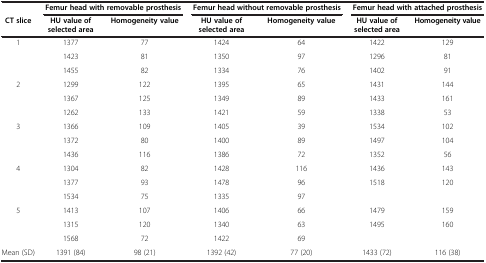
<table><thead><tr><td><b> </b></td><td colspan="2"><b>Femur head with removable prosthesis</b></td><td colspan="2"><b>Femur head without removable prosthesis</b></td><td colspan="2"><b>Femur head with attached prosthesis</b></td></tr><tr><td><b>CT slice</b></td><td><b>HU value of selected area</b></td><td><b>Homogeneity value</b></td><td><b>HU value of selected area</b></td><td><b>Homogeneity value</b></td><td><b>HU value of selected area</b></td><td><b>Homogeneity value</b></td></tr></thead><tbody><tr><td rowspan="3">1</td><td>1377</td><td>77</td><td>1424</td><td>64</td><td>1422</td><td>129</td></tr><tr><td>1423</td><td>81</td><td>1350</td><td>97</td><td>1296</td><td>81</td></tr><tr><td>1455</td><td>82</td><td>1334</td><td>76</td><td>1402</td><td>91</td></tr><tr><td rowspan="3">2</td><td>1299</td><td>122</td><td>1395</td><td>65</td><td>1431</td><td>144</td></tr><tr><td>1367</td><td>125</td><td>1349</td><td>89</td><td>1433</td><td>161</td></tr><tr><td>1262</td><td>133</td><td>1421</td><td>59</td><td>1338</td><td>53</td></tr><tr><td rowspan="3">3</td><td>1366</td><td>109</td><td>1405</td><td>39</td><td>1534</td><td>102</td></tr><tr><td>1372</td><td>80</td><td>1400</td><td>89</td><td>1497</td><td>104</td></tr><tr><td>1436</td><td>116</td><td>1386</td><td>72</td><td>1352</td><td>56</td></tr><tr><td rowspan="3">4</td><td>1304</td><td>82</td><td>1428</td><td>116</td><td>1436</td><td>143</td></tr><tr><td>1377</td><td>93</td><td>1478</td><td>96</td><td rowspan="2">1518</td><td rowspan="2">120</td></tr><tr><td>1534</td><td>75</td><td>1335</td><td>97</td></tr><tr><td rowspan="3">5</td><td>1413</td><td>107</td><td>1406</td><td>66</td><td>1479</td><td>159</td></tr><tr><td>1315</td><td>120</td><td>1340</td><td>63</td><td rowspan="2">1495</td><td rowspan="2">160</td></tr><tr><td>1568</td><td>72</td><td>1422</td><td>69</td></tr><tr><td>Mean (SD)</td><td>1391 (84)</td><td>98 (21)</td><td>1392 (42)</td><td>77 (20)</td><td>1433 (72)</td><td>116 (38)</td></tr></tbody></table>